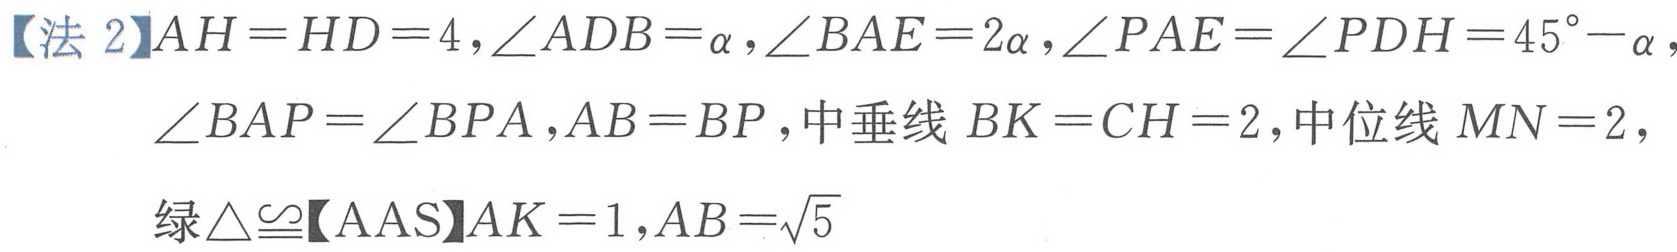
【法 2】\(AH = HD = 4\)，\(\angle ADB=\alpha\)，\(\angle BAE = 2\alpha\)，\(\angle PAE=\angle PDH = 45^{\circ}-\alpha\)，
\(\angle BAP=\angle BPA\)，\(AB = BP\)，中垂线 \(BK = CH = 2\)，中位线 \(MN = 2\)，
绿\(\triangle\cong\)【AAS】\(AK = 1\)，\(AB=\sqrt{5}\)